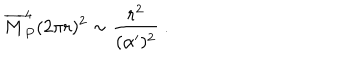
LaTeX: { \overline { { M } } } _ { P } ^ { 4 } ( 2 \pi r ) ^ { 2 } \sim { \frac { r ^ { 2 } } { ( \alpha ^ { \prime } ) ^ { 2 } } } ~ .